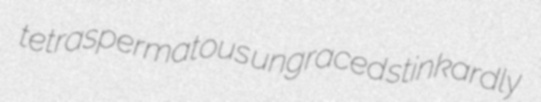
tetraspermatous ungraced stinkardly